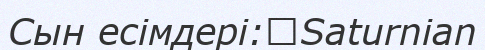
Сын есімдері:	Saturnian